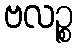
ဗလဉ္စ